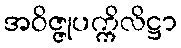
အဝိဇ္ဇုပက္ကိလိဋ္ဌာ